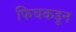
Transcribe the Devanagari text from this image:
फिचकडून